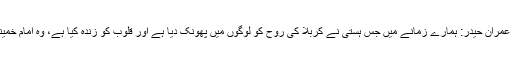
مولانا عمران حیدر: ہمارے زمانے میں جس ہستی نے کربلا کی روح کو لوگوں میں پھونک دیا ہے اور قلوب کو زندہ کیا ہے، وہ امام خمینی ہیں۔